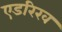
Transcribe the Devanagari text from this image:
एडरिख